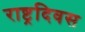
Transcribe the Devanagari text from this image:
राष्ट्रदिवस